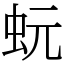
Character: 蚖